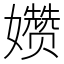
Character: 𫲗